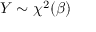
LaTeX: Y \sim \chi ^ { 2 } ( \beta )